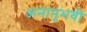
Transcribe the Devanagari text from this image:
अनानुभवी